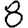
Digit: 8